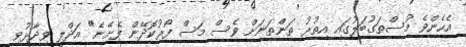
އެހެންވެ މުސްތަގުބަލުގައި އިތުރު ތަންތަނަށް ވެސް މަސް ފޯރުކޮދޭން ފެށޭނެ" އަދްލީ ވިދާޅުވި